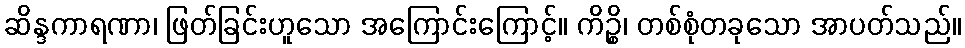
ဆိန္ဒကာရဏာ၊ ဖြတ်ခြင်းဟူသော အကြောင်းကြောင့်။ ကိဉ္စိ၊ တစ်စုံတခုသော အာပတ်သည်။